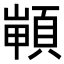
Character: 𩓻